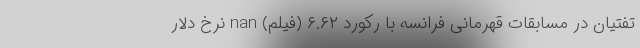
تفتیان در مسابقات قهرمانی فرانسه با رکورد ۶.۶۲ (فیلم) nan نرخ دلار